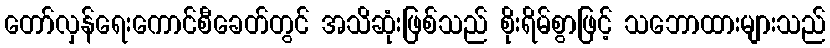
တော်လှန်ရေးကောင်စီခေတ်တွင် အသိဆုံးဖြစ်သည် စိုးရိမ်စွာဖြင့် သဘောထားများသည်